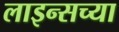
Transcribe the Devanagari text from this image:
लाइन्सच्या